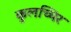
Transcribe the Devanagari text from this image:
कुलच्चिर